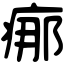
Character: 𤶸